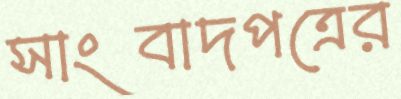
সাংবাদপত্রের